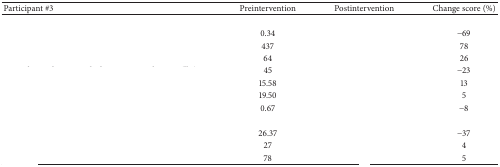
<table><thead><tr><td><b>Participant #3</b></td><td><b>Preintervention</b></td><td><b>Postintervention</b></td><td><b>Change score (%)</b></td></tr></thead><tbody><tr><td>[EMPTY_CELL]</td><td>[EMPTY_CELL]</td><td>[EMPTY_CELL]</td><td>[EMPTY_CELL]</td></tr><tr><td>[EMPTY_CELL]</td><td>0.34</td><td>[EMPTY_CELL]</td><td>−69</td></tr><tr><td>[EMPTY_CELL]</td><td>437</td><td>[EMPTY_CELL]</td><td>78</td></tr><tr><td>[EMPTY_CELL]</td><td>64</td><td>[EMPTY_CELL]</td><td>26</td></tr><tr><td>[EMPTY_CELL]</td><td>45</td><td>[EMPTY_CELL]</td><td>−23</td></tr><tr><td>[EMPTY_CELL]</td><td>15.58</td><td>[EMPTY_CELL]</td><td>13</td></tr><tr><td>[EMPTY_CELL]</td><td>19.50</td><td>[EMPTY_CELL]</td><td>5</td></tr><tr><td>[EMPTY_CELL]</td><td>0.67</td><td>[EMPTY_CELL]</td><td>−8</td></tr><tr><td>[EMPTY_CELL]</td><td>[EMPTY_CELL]</td><td>[EMPTY_CELL]</td><td>[EMPTY_CELL]</td></tr><tr><td>[EMPTY_CELL]</td><td>26.37</td><td>[EMPTY_CELL]</td><td>−37</td></tr><tr><td>[EMPTY_CELL]</td><td>27</td><td>[EMPTY_CELL]</td><td>4 </td></tr><tr><td>[EMPTY_CELL]</td><td>78</td><td>[EMPTY_CELL]</td><td>5</td></tr></tbody></table>